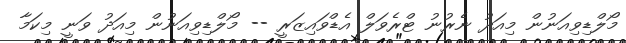
މޯލްޑިވިއަނުން މިއަދު ނެރުނު ޓްރެވަލް އެޑްވައިޒަރީ -- މޯލްޑިވިއަނުން މިއަދު ވަނީ މިކަމާ